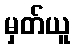
မှတ်ယူ